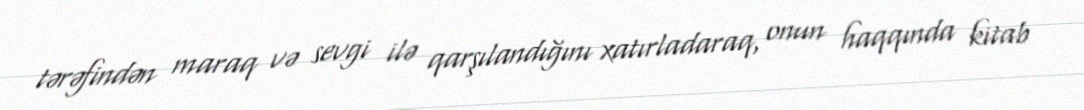
tərəfindən maraq və sevgi ilə qarşılandığını xatırladaraq, onun haqqında kitab